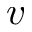
v